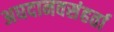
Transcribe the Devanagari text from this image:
अघदानवसंहर्ता